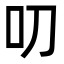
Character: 叨